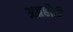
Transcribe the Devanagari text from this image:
अग्रहीरी